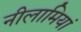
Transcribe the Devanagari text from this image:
नीलामियां